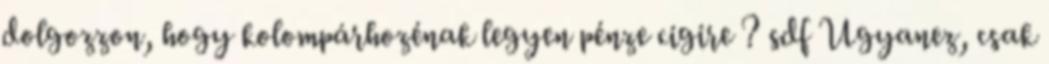
dolgozzon, hogy kolompárhozénak legyen pénze cigire ? sdf Ugyanez, csak